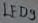
Text: LED9